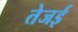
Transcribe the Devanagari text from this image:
तेजई